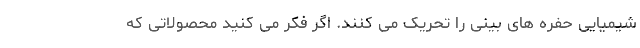
شیمیایی حفره های بینی را تحریک می کنند. اگر فکر می کنید محصولاتی که